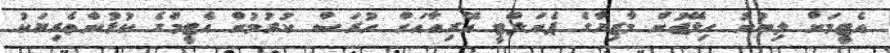
އެޓީމަށް ލިބުނު ހިލޭޖުން މާޒިޔާގެ ޕެނަލްޓީ އޭރިއާއަށް ހުރަސް ކުރުމުން އެޓީމްގެ ކުޅުންތެރިޔަކު